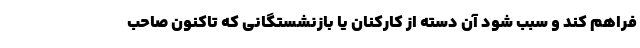
فراهم کند و سبب شود آن دسته از کارکنان یا بازنشستگانی که تاکنون صاحب